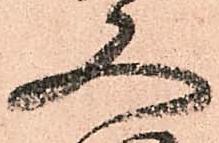
又